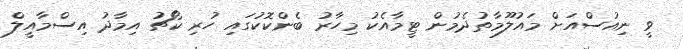
ވީ ނިއުސްއަށް މައުލޫމާތުދެމުން ޓީމާއެކު މިހާރު ބެންކޮކުގައި ހުރި ކޯޗު އިމާދު އިސްމާއީލް